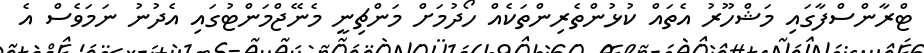
ޓްރާންސްފާގައި މަޝްހޫރު އެތައް ކުޅުންތެރިންތަކެއް ހޯދުމަށް މަންޗިނީ މެނޭޖްމަންޓުގައި އެދުނު ނަމަވެސް އެ